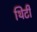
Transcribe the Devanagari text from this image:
थिटी